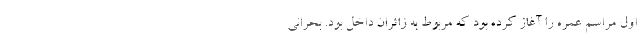
اول مراسم عمره را آغاز کرده بود که مربوط به زائران داخل بود. بحرانی